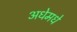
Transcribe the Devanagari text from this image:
अधेमधे